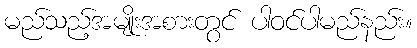
မည်သည့်အမျိုးအစားတွင် ပါဝင်ပါမည်နည်း။